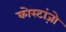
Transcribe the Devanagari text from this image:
कोस्टांज़ो